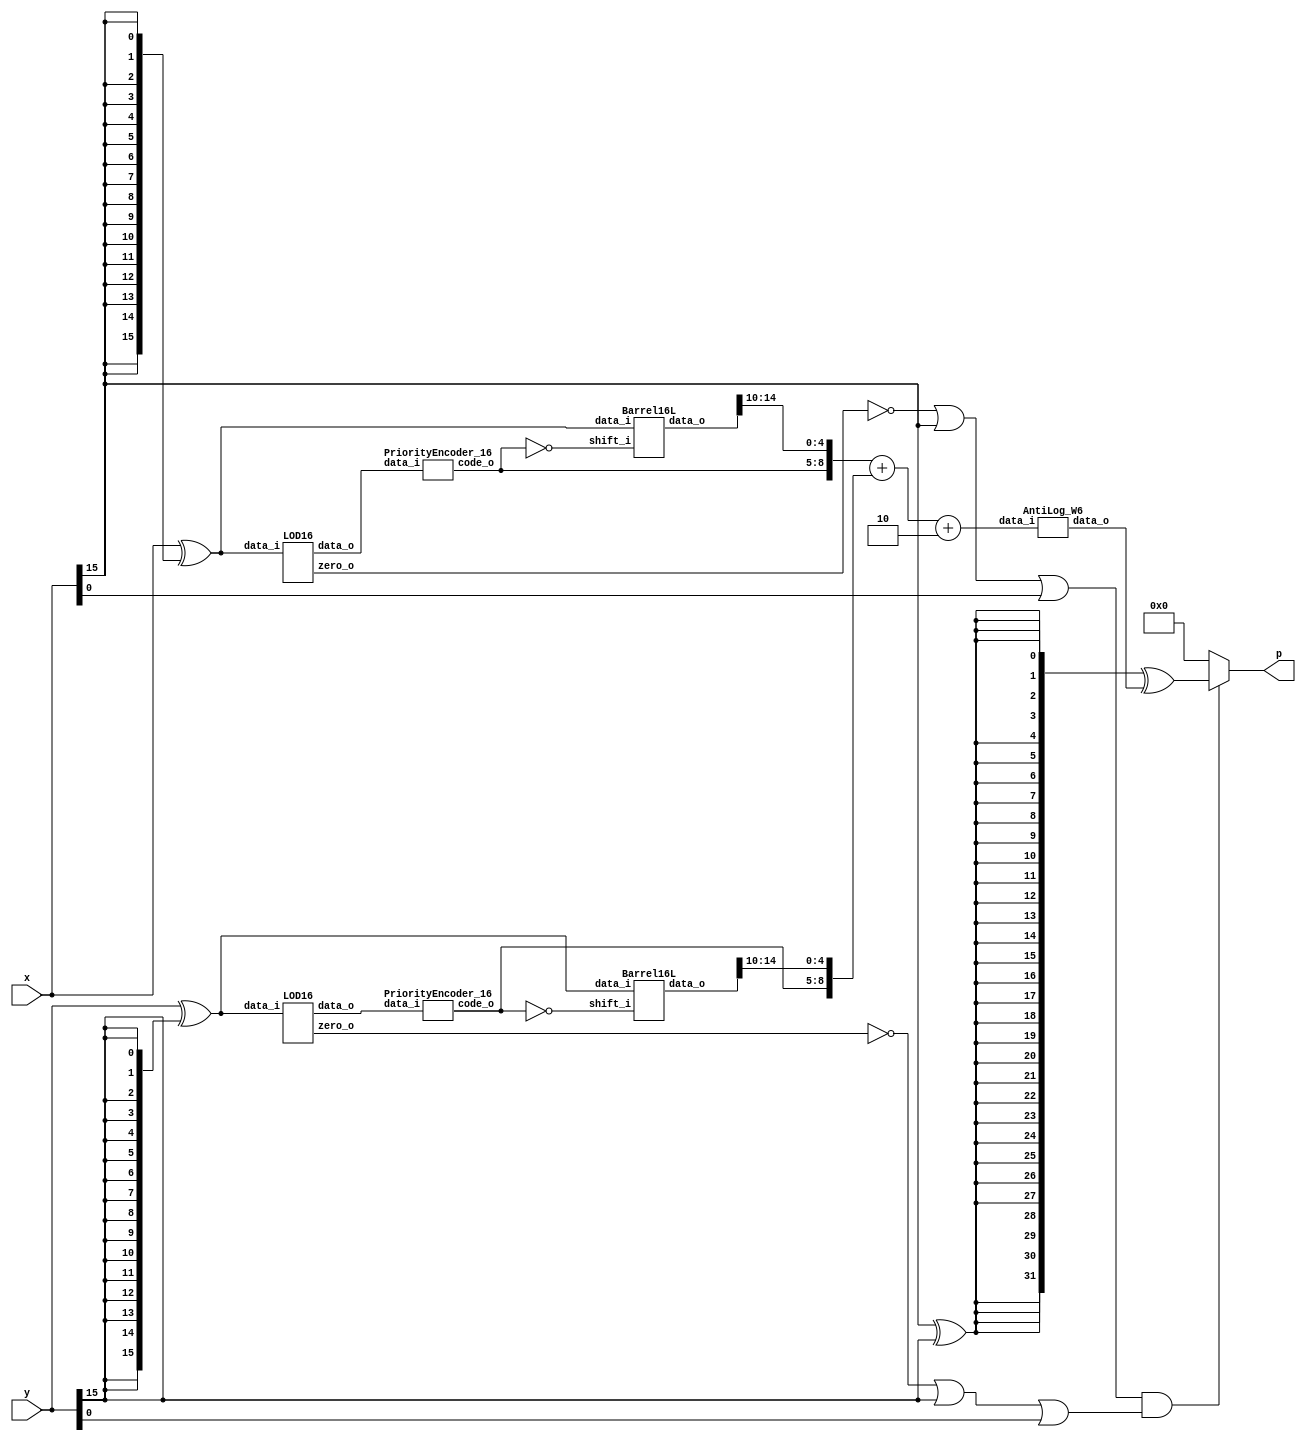
`timescale 1ns / 1ps
//////////////////////////////////////////////////////////////////////////////////
// Company: 
// Engineer: 
// 
// Design Name: 
// Module Name: ROBA
// Project Name: 
// Target Devices: 
// Tool Versions: 
// Description: 
// 
// Dependencies: 
// 
// Revision:
// Revision 0.01 - File Created
// Additional Comments:
// 
//////////////////////////////////////////////////////////////////////////////////


module MITCH_TRUNC_W6_C2(
    input [15:0] x,
    input [15:0] y,
    output [31:0] p
    );
    
	// Generate abs values
	wire [15:0] x_abs;
	wire [15:0] y_abs;

	// Going for X_abs
	assign x_abs = x ^ {16{x[15]}};


	// Going for Y_abs
	assign y_abs = y ^ {16{y[15]}};

			 
	// LOD x
	wire [15:0] kx;
	wire zero_x;
	wire [3:0] code_x;


	LOD16 LODx (
		.data_i(x_abs),
		.zero_o(zero_x),
		.data_o(kx)
	 ); 
	 

	PriorityEncoder_16 PEx (
		.data_i(kx),
		.code_o(code_x)
	 ); 

	 
		
	 
	// LOD y

	wire [15:0] ky;
	wire zero_y;
	wire [3:0] code_y;

	LOD16 LODy (
		.data_i(y_abs),
		.zero_o(zero_y),
		.data_o(ky)
	 ); 

	PriorityEncoder_16 PEy (
			.data_i(ky),
			.code_o(code_y)
		 ); 
		 
	
	// Barell shift X
	
	wire [3:0] code_x_inv;
	wire [15:0] barrel_x;
	
	assign code_x_inv = ~code_x;
	
	Barrel16L BShiftx (
		.data_i(x_abs),
		.shift_i(code_x_inv),
		.data_o(barrel_x)
 	 ); 
	
	
	// Barell shift Y
	wire [3:0] code_y_inv;
	wire [15:0] barrel_y;
	
	assign code_y_inv = ~code_y;
	
	Barrel16L BShifty (
		.data_i(y_abs),
		.shift_i(code_y_inv),
		.data_o(barrel_y)
 	 );
	
	// Addition of Op1 and Op2
	// Here comes the truncation trend [15-1:16-6]
	wire [9:0] op1;
	wire [9:0] op2;
	wire [9:0] L;
	wire [9:0] bias;

	assign op1 = {1'b0,code_x,barrel_x[14:10]};
	assign op2 = {1'b0,code_y,barrel_y[14:10]};
	assign bias = {5'b0,3'b0,1'b1,1'b0};
    assign L = op1 + op2 + bias;
	 
	// Anti logarithm 
	
	wire [31:0] tmp_out; 
	AntiLog_W6 anti_log(
		.data_i(L),
		.data_o(tmp_out)
	);
	
	// xor 
	wire prod_sign; 
	wire [31:0] tmp_sign;
	
	assign prod_sign = x[15] ^ y[15];
	assign tmp_sign = {32{prod_sign}} ^ tmp_out;
	
	// is zero 
	wire not_zero;
	assign not_zero = (~zero_x | x[15] | x[0]) & (~zero_y | y[15] | y[0]);
	
	assign p = not_zero ? tmp_sign : 32'b0;
	
endmodule


module AntiLog_W6(
	input [9:0] data_i,  
	output [31:0] data_o
	);
	
	// L1 Barell
	wire [21:0] l1_in;
	wire [21:0] l1_out;
	assign l1_in = {16'b0,1'b1,data_i[4:0]};
    wire [4:0] tmp_l1_enc;
	wire [4:0] l1_enc;
	
	assign tmp_l1_enc = {1'b0,data_i[8:5]};
	
	
	carry_lookahead_inc INC_INST(
	        .i_add1(tmp_l1_enc),
	        .o_result(l1_enc)
	        );
	        
	
	Barrel22L L1shift (
		.data_i(l1_in),
		.shift_i(l1_enc),
		.data_o(l1_out)
 	 );
	
	
	// R Barell 
	wire [5:0] r_in;
	wire [5:0] r_out;
	wire [2:0] enc;
	
	assign enc = ~data_i[8:6];
	assign r_in = {1'b1,data_i[4:0]};
	
	Barrel6R Rshift (
		.data_i(r_in),
		.shift_i(enc),
		.data_o(r_out)
 	 );
	 
	// And
	wire lr;
	wire [15:0] out_msb;
	
	assign lr = data_i[9];
	assign out_msb = {16{lr}} & l1_out[21:6];
	
	// mux
	wire [5:0] out_lsb;
	assign out_lsb = lr ? l1_out[5:0] : r_out[5:0];
	
	// concanate
	assign data_o = {out_msb,out_lsb,10'b0};
	
endmodule



module PriorityEncoder_16_old(
    input [15:0] data_i,
    output reg [3:0] code_o
    );

	always @*
		case (data_i)
	     16'b0000000000000001 : code_o = 4'b0000;
         16'b0000000000000010 : code_o = 4'b0001;
         16'b0000000000000100 : code_o = 4'b0010;
         16'b0000000000001000 : code_o = 4'b0011;
         16'b0000000000010000 : code_o = 4'b0100;
         16'b0000000000100000 : code_o = 4'b0101;
         16'b0000000001000000 : code_o = 4'b0110;
         16'b0000000010000000 : code_o = 4'b0111;
		 16'b0000000100000000 : code_o = 4'b1000;
         16'b0000001000000000 : code_o = 4'b1001;
         16'b0000010000000000 : code_o = 4'b1010;
         16'b0000100000000000 : code_o = 4'b1011;
         16'b0001000000000000 : code_o = 4'b1100;
         16'b0010000000000000 : code_o = 4'b1101;
         16'b0100000000000000 : code_o = 4'b1110;
         16'b1000000000000000 : code_o = 4'b1111;
			
			default     : code_o = 4'b0000;
		endcase
		
endmodule



module PriorityEncoder_16(
    input [15:0] data_i,
    output [3:0] code_o
    );
    
    wire [7:0] tmp0;
    assign tmp0 = {data_i[15],data_i[13],data_i[11],data_i[9],data_i[7],data_i[5],data_i[3],data_i[1]};
    OR_tree code0(tmp0,code_o[0]);
    
    wire [7:0] tmp1;
    assign tmp1 = {data_i[15],data_i[14],data_i[11],data_i[10],data_i[7],data_i[6],data_i[3],data_i[2]};
    OR_tree code1(tmp1,code_o[1]);
    
    wire [7:0] tmp2;
    assign tmp2 = {data_i[15],data_i[14],data_i[13],data_i[12],data_i[7],data_i[6],data_i[5],data_i[4]};
    OR_tree code2(tmp2,code_o[2]);
    
    wire [7:0] tmp3;
    assign tmp3 = {data_i[15],data_i[14],data_i[13],data_i[12],data_i[11],data_i[10],data_i[9],data_i[8]};
    OR_tree code3(tmp3,code_o[3]);
endmodule


module OR_tree(
    input [7:0] data_i,
    output data_o
    );
    
    wire [3:0] tmp1;
    wire [1:0] tmp2;
    
    assign tmp1 = data_i[3:0] | data_i[7:4];
    assign tmp2 = tmp1[1:0] | tmp1[3:2];
    assign data_o = tmp2[0] | tmp2[1];
endmodule


module LOD4(
    input [3:0] data_i,
    output [3:0] data_o
    );
	 
	 
	 wire mux0;
	 wire mux1;
	 wire mux2;
	 
	 // multiplexers:
	 assign mux2 = (data_i[3]==1) ? 1'b0 : 1'b1;
	 assign mux1 = (data_i[2]==1) ? 1'b0 : mux2;
	 assign mux0 = (data_i[1]==1) ? 1'b0 : mux1;
	 
	 //gates and IO assignments:
	 assign data_o[3] = data_i[3];
	 assign data_o[2] =(mux2 & data_i[2]);
	 assign data_o[1] =(mux1 & data_i[1]);
	 assign data_o[0] =(mux0 & data_i[0]);
	 

endmodule

module Muxes2in1Array4(
    input [3:0] data_i,
    input select_i,
    output [3:0] data_o
    );


	assign data_o[3] = select_i ? data_i[3] : 1'b0;
	assign data_o[2] = select_i ? data_i[2] : 1'b0;
	assign data_o[1] = select_i ? data_i[1] : 1'b0;
	assign data_o[0] = select_i ? data_i[0] : 1'b0;
	
	
endmodule

module LOD16(
    input [15:0] data_i,
    output zero_o,
    output [15:0] data_o
    );
	 
	 wire [15:0] z;
	 wire [3:0] select;
	 wire [3:0] zdet;
	 
	 
	 
	 
	 
	 //*****************************************
	 // Zero detection logic:
	 //*****************************************
	 assign zdet[3] = data_i[15] | data_i[14] | data_i[13] | data_i[12];
	 assign zdet[2] = data_i[11] | data_i[10] | data_i[9] | data_i[8];
	 assign zdet[1] = data_i[7] | data_i[6] | data_i[5] | data_i[4];
	 assign zdet[0] = data_i[3] | data_i[2] | data_i[1] | data_i[0];
	 assign zero_o = ~(zdet[3] | zdet[2] | zdet[1] | zdet[0]);
		 
		 
	 //*****************************************
	 // LODs:
	 //*****************************************
	 LOD4 lod4_3 (
		.data_i(data_i[15:12]), 
		.data_o(z[15:12])
	 );
	 
	 LOD4 lod4_2 (
		.data_i(data_i[11:8]), 
		.data_o(z[11:8])
	 );

	 LOD4 lod4_1 (
		.data_i(data_i[7:4]), 
		.data_o(z[7:4])
	 );
	 
	 LOD4 lod4_0 (
		.data_i(data_i[3:0]), 
		.data_o(z[3:0])
	 );
	 
	 LOD4 lod4_middle (
		.data_i(zdet), 
		.data_o(select)
	 );
	 
	 
	 //*****************************************
	 // Multiplexers :
	 //*****************************************
	 
	 Muxes2in1Array4 Inst_MUX214_3 (
		.data_i(z[15:12]), 
		.select_i(select[3]), 
		.data_o(data_o[15:12])
    );
	 
	 Muxes2in1Array4 Inst_MUX214_2 (
		.data_i(z[11:8]), 
		.select_i(select[2]), 
		.data_o(data_o[11:8])
    );
	 
	 Muxes2in1Array4 Inst_MUX214_1 (
		.data_i(z[7:4]), 
		.select_i(select[1]), 
		.data_o(data_o[7:4])
    );
	 
	 Muxes2in1Array4 Inst_MUX214_0 (
		.data_i(z[3:0]), 
		.select_i(select[0]), 
		.data_o(data_o[3:0])
    );


endmodule


module Barrel16L(
    input [15:0] data_i,
    input [3:0] shift_i,
    output reg [15:0] data_o
    );
	 
   
   always @*
      case (shift_i)
         4'b0000: data_o = data_i;
         4'b0001: data_o = data_i << 1;
         4'b0010: data_o = data_i << 2;
         4'b0011: data_o = data_i << 3;
         4'b0100: data_o = data_i << 4;
         4'b0101: data_o = data_i << 5;
         4'b0110: data_o = data_i << 6;
         4'b0111: data_o = data_i << 7;
         4'b1000: data_o = data_i << 8;
         4'b1001: data_o = data_i << 9;
         4'b1010: data_o = data_i << 10;
         4'b1011: data_o = data_i << 11;
         4'b1100: data_o = data_i << 12;
         4'b1101: data_o = data_i << 13;
         4'b1110: data_o = data_i << 14;
         default: data_o = data_i << 15;
      endcase
endmodule

module Barrel6R(
    input [5:0] data_i,
    input [2:0] shift_i,
    output reg [5:0] data_o
    );
	 
   
   always @*
      case (shift_i)
         3'b000: data_o = data_i;
         3'b001: data_o = data_i >> 1;
         3'b010: data_o = data_i >> 2;
         3'b011: data_o = data_i >> 3;
         3'b100: data_o = data_i >> 4;
         3'b101: data_o = data_i >> 5;
         3'b110: data_o = data_i >> 6;
         default: data_o = data_i << 7;
      endcase
endmodule



module Barrel22L(
    input [21:0] data_i,
    input [4:0] shift_i,
    output reg [21:0] data_o
    );
	 
   
   always @*
      case (shift_i)
         5'b00000: data_o = data_i;
         5'b00001: data_o = data_i << 1;
         5'b00010: data_o = data_i << 2;
         5'b00011: data_o = data_i << 3;
         5'b00100: data_o = data_i << 4;
         5'b00101: data_o = data_i << 5;
         5'b00110: data_o = data_i << 6;
         5'b00111: data_o = data_i << 7;
         5'b01000: data_o = data_i << 8;
         5'b01001: data_o = data_i << 9;
         5'b01010: data_o = data_i << 10;
         5'b01011: data_o = data_i << 11;
         5'b01100: data_o = data_i << 12;
         5'b01101: data_o = data_i << 13;
         5'b01110: data_o = data_i << 14;
         5'b01111: data_o = data_i << 15;
         default:  data_o = data_i << 16;
      endcase


endmodule



module carry_lookahead_inc
  (
   input [4:0] i_add1,
   output [4:0]  o_result
   );
     
  wire [5:0]     w_C;
  wire [4:0]   w_SUM;
 
  // Create the HA Adders
  genvar  ii;
  generate 
    for (ii=0; ii<5; ii=ii+1) 
      begin: oncetold
         assign w_SUM[ii] = i_add1[ii] ^ w_C[ii];
      end
  endgenerate
 
  // Create the Generate (G) Terms:  Gi=Ai*Bi
  // Create the Propagate Terms: Pi=Ai+Bi
  // Create the Carry Terms:
  genvar jj;
  generate
    for (jj=0; jj<5; jj=jj+1) 
      begin : somebody
        assign w_C[jj+1] = (i_add1[jj] & w_C[jj]);
      end
  endgenerate
   
  assign w_C[0] = 1'b1; // Input carry is 1
 
  assign o_result =  w_SUM;   // Verilog Concatenation
 
endmodule // carry_lookahead_adder